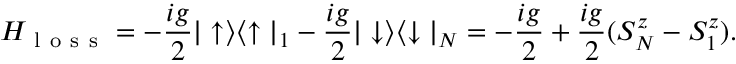
H _ { \mathrm { ~ l ~ o ~ s ~ s ~ } } = - \frac { i g } { 2 } | \uparrow \rangle \langle \uparrow | _ { 1 } - \frac { i g } { 2 } | \downarrow \rangle \langle \downarrow | _ { N } = - \frac { i g } { 2 } + \frac { i g } { 2 } ( S _ { N } ^ { z } - S _ { 1 } ^ { z } ) .